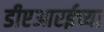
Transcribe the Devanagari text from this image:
डीएआरईच्या